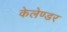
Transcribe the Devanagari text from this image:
केलेण्डर